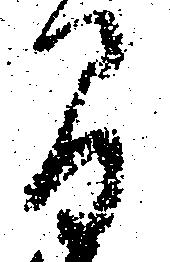
間